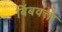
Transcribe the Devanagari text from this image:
बिंबवत्ता